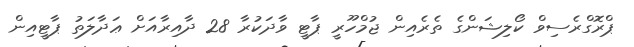
ޕްރޮގްރެސިވް ކޯލިޝަންގެ ތެރެއިން ޖުމްހޫރީ ޕާޓީ ވާދަކުރާ 28 ދާއިރާއަށް ޢަދާލަތު ޕާޓީއިން